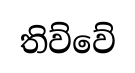
තිව්වේ